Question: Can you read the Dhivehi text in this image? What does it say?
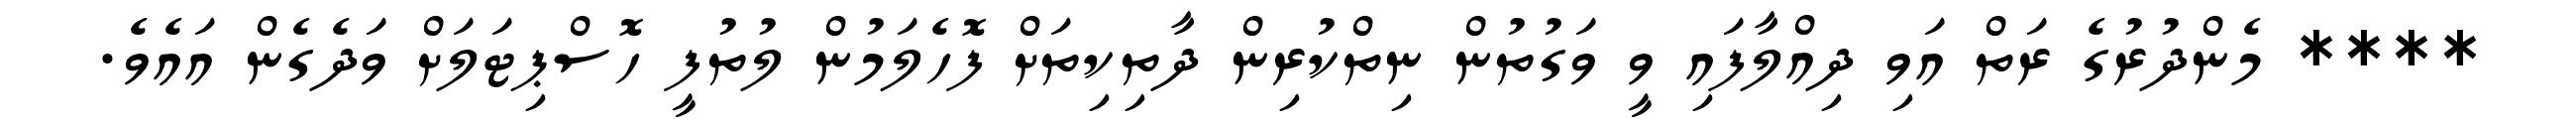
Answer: **** މެންދުރުގެ ރަތް އަވި ދިއްލާފައި ވީ ވަގުތުން ނިތްކުރިން ދާތިކިތަށް ފޮހެލަމުން ލުތުފީ ހޮސްޕިޓަލަށް ވަދެގެން އައެވެ.